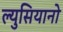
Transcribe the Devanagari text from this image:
ल्युसियानो